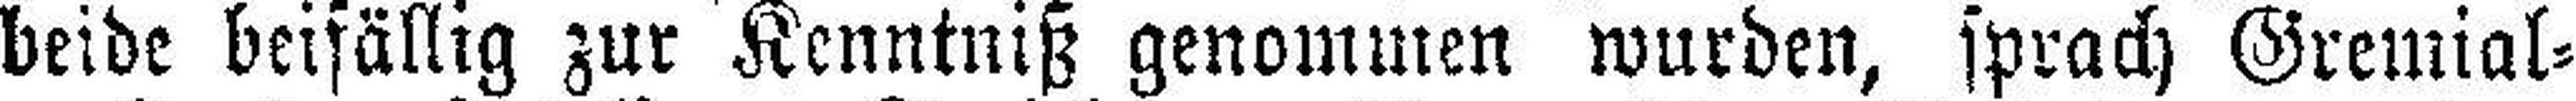
beide beifällig zur Kenntniß genommen wurden, sprach Gremial¬